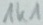
Text: 1K1